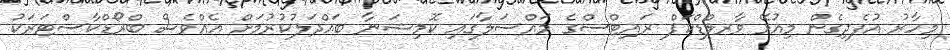
މިހާރު އުފެދިގެން މިއުޅޭ ވާރލްޑްކަޕް ރައިޓްސްގެ މައްސަލާގައި ކޮމިޝަނާ ބައްދަލުކުރުމަށް އެއްވެސް ބްރޯޑްކާސްޓަރަކު